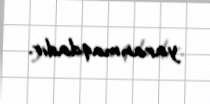
yaranmaqdadır.